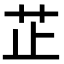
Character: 芷